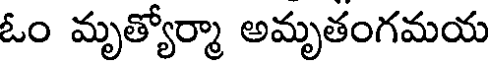
ఓం మృత్యోర్మా అమృతంగమయ